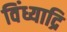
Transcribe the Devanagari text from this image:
विंध्याद्रि